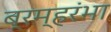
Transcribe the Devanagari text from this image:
ब्रम्हरंभा